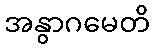
အနွာဂမေတိ